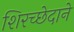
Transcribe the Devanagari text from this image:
शिरच्छेदाने